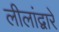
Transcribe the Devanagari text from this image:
लीलांद्वारे